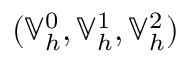
( \mathbb { V } _ { h } ^ { 0 } , \mathbb { V } _ { h } ^ { 1 } , \mathbb { V } _ { h } ^ { 2 } )